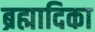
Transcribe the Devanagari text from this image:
ब्रह्मादिका